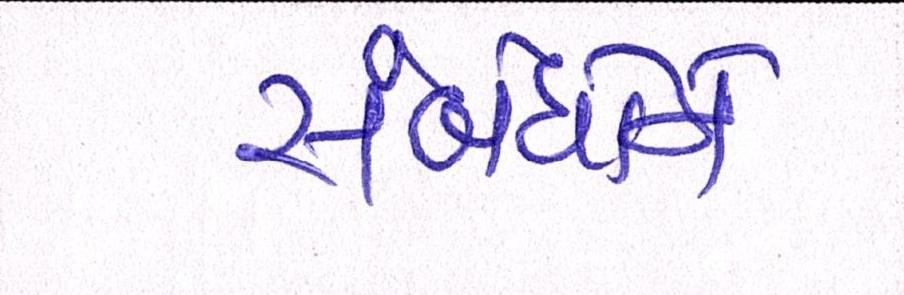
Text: સંબંધોને